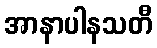
အာနာပါနသတီ